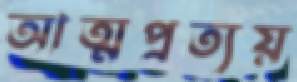
আত্মপ্রত্যয়